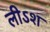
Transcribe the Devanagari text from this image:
लीऽश